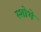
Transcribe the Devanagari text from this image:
स्शोभे